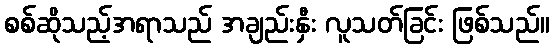
စစ်ဆိုသည့်အရာသည် အချည်းနှီး လူသတ်ခြင်း ဖြစ်သည်။